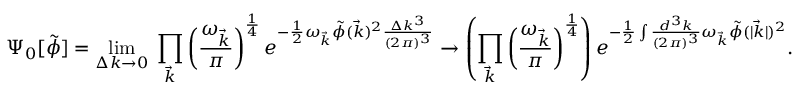
\Psi _ { 0 } [ { \tilde { \phi } } ] = \operatorname* { l i m } _ { \Delta k \to 0 } \; \prod _ { \vec { k } } \left( { \frac { \omega _ { \vec { k } } } { \pi } } \right) ^ { \frac { 1 } { 4 } } e ^ { - { \frac { 1 } { 2 } } \omega _ { \vec { k } } { \tilde { \phi } } ( { \vec { k } } ) ^ { 2 } { \frac { \Delta k ^ { 3 } } { ( 2 \pi ) ^ { 3 } } } } \to \left( \prod _ { \vec { k } } \left( { \frac { \omega _ { \vec { k } } } { \pi } } \right) ^ { \frac { 1 } { 4 } } \right) e ^ { - { \frac { 1 } { 2 } } \int { \frac { d ^ { 3 } k } { ( 2 \pi ) ^ { 3 } } } \omega _ { \vec { k } } { \tilde { \phi } } ( | { \vec { k } } | ) ^ { 2 } } .